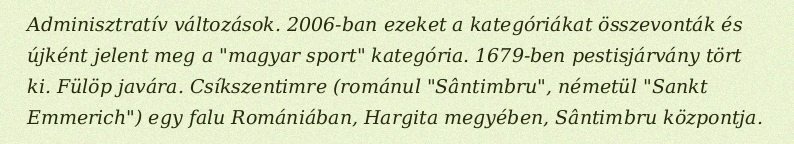
Adminisztratív változások. 2006-ban ezeket a kategóriákat összevonták és újként jelent meg a "magyar sport" kategória. 1679-ben pestisjárvány tört ki. Fülöp javára. Csíkszentimre (románul "Sântimbru", németül "Sankt Emmerich") egy falu Romániában, Hargita megyében, Sântimbru központja.